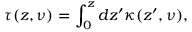
\tau ( z , \nu ) = \int _ { 0 } ^ { z } d z ^ { \prime } \kappa ( z ^ { \prime } , \nu ) ,